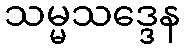
သမ္မသဒ္ဒေန